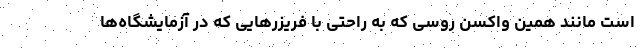
است مانند همین واکسن روسی که به راحتی با فریزرهایی که در آزمایشگاه‌ها